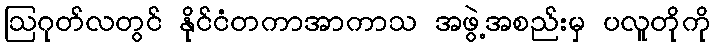
ဩဂုတ်လတွင် နိုင်ငံတကာအာကာသ အဖွဲ့အစည်းမှ ပလူတိုကို